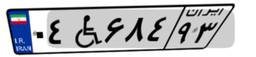
۰۴W۶۸۴۹۳